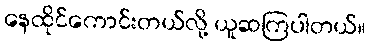
နေထိုင်ကောင်းတယ်လို့ ယူဆကြပါတယ်။